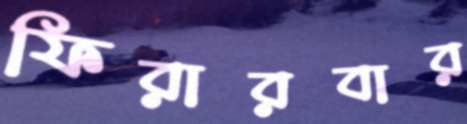
ফিরারবার